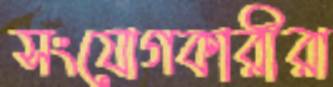
সংযোগকারীরা